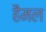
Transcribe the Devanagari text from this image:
हैमल